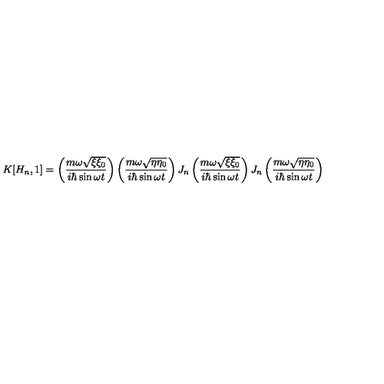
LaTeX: K [ H _ { n } , 1 ] = \left( \frac { m \omega \sqrt { \xi \xi _ { 0 } } } { i \hbar \sin \omega t } \right) \left( \frac { m \omega \sqrt { \eta \eta _ { 0 } } } { i \hbar \sin \omega t } \right) J _ { n } \left( \frac { m \omega \sqrt { \xi \xi _ { 0 } } } { i \hbar \sin \omega t } \right) J _ { n } \left( \frac { m \omega \sqrt { \eta \eta _ { 0 } } } { i \hbar \sin \omega t } \right) \nonumber